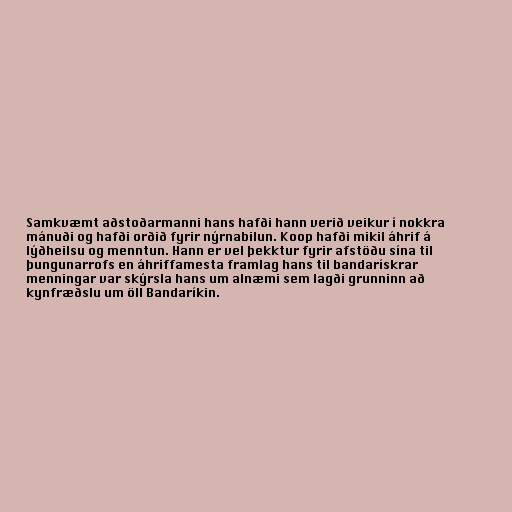
Samkvæmt aðstoðarmanni hans hafði hann verið veikur í nokkra
mánuði og hafði orðið fyrir nýrnabilun. Koop hafði mikil áhrif á
lýðheilsu og menntun. Hann er vel þekktur fyrir afstöðu sína til
þungunarrofs en áhriffamesta framlag hans til bandarískrar
menningar var skýrsla hans um alnæmi sem lagði grunninn að
kynfræðslu um öll Bandaríkin.